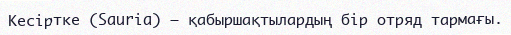
Кесіртке (Saurіa) – қабыршақтылардың бір отряд тармағы.